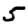
Digit: 5